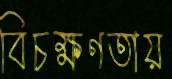
বিচক্ষণতায়